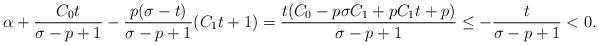
LaTeX: \begin{align*}\alpha+\frac{C_0 t}{\sigma-p+1}-\frac{p(\sigma-t)}{\sigma-p+1}(C_1t+1)= \frac{t(C_0 -p\sigma C_1 +pC_1 t+p)}{\sigma-p+1}\leq -\frac{t}{\sigma-p+1}<0.\end{align*}